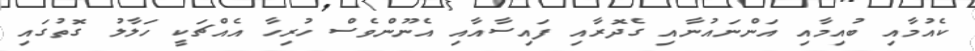
ކެއުމާއި ބުއިމާއި އަންނައުނާއި ގެދޮރާއި ފައިސާއާއި އެނޫންވެސް ހުރިހާ އެއްޗަކީ ހަލާލު ގޮތުގައި